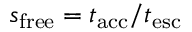
s _ { \mathrm { f r e e } } = t _ { \mathrm { a c c } } / t _ { \mathrm { e s c } }